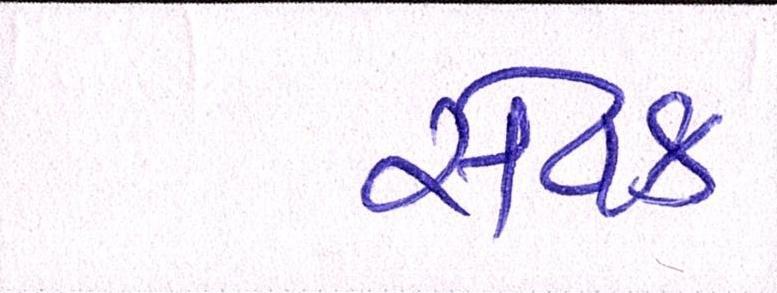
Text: સેવક